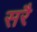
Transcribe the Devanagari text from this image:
सरै